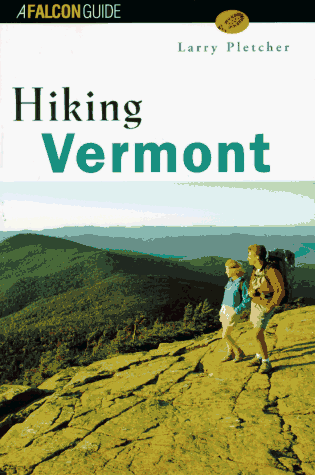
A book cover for Hiking Vermont (State Hiking Guides Series); Larry B. Pletcher; Travel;